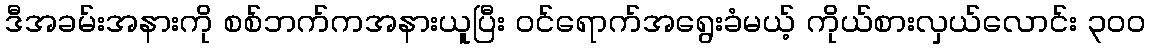
ဒီအခမ်းအနားကို စစ်ဘက်ကအနားယူပြီး ဝင်ရောက်အရွေးခံမယ့် ကိုယ်စားလှယ်လောင်း ၃ဝဝ